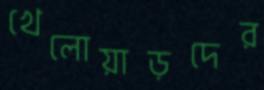
খেলোয়াড়দের